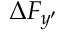
\Delta F _ { y ^ { \prime } }